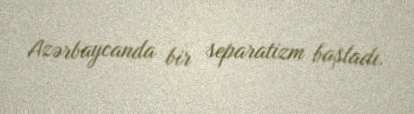
Azərbaycanda bir separatizm başladı.